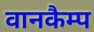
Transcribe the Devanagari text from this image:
वानकैम्प